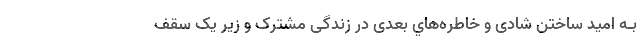
بـه امید ساختن شادی و خاطره‌هاي‌ بعدی در زندگی مشترک و زیر یک سقف